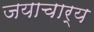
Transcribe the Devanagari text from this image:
जयाचार्य